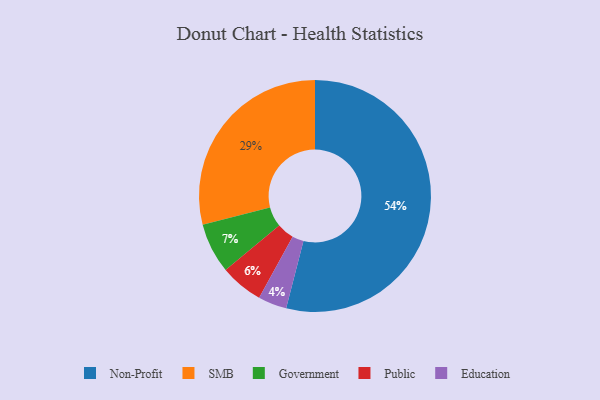
{"axis": {"x": "Category", "y": "Percentage"}, "legend": ["Education", "Government", "Non-Profit", "Public", "SMB"], "data": [{"x": "Public", "y": 6, "type": "Public"}, {"x": "Non-Profit", "y": 54, "type": "Non-Profit"}, {"x": "SMB", "y": 29, "type": "SMB"}, {"x": "Education", "y": 4, "type": "Education"}, {"x": "Government", "y": 7, "type": "Government"}]}